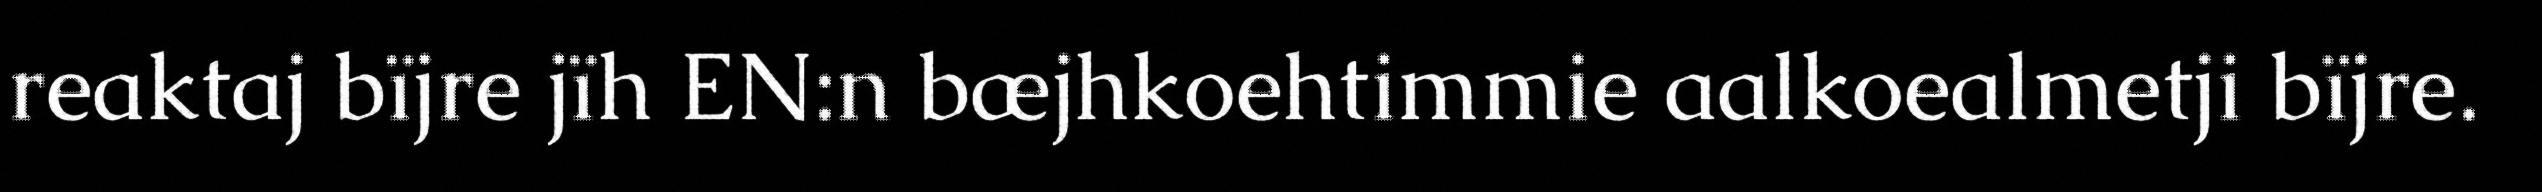
reaktaj bïjre jïh EN:n bæjhkoehtimmie aalkoealmetji bïjre.